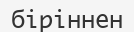
біріннен